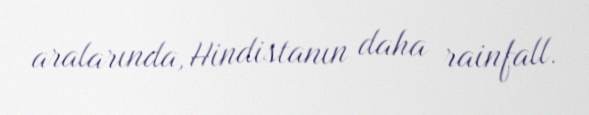
aralarında, Hindistanın daha rainfall.